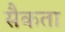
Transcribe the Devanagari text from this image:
सैकता